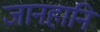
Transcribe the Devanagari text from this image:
जानहानि